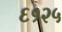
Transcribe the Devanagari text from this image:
६१२५